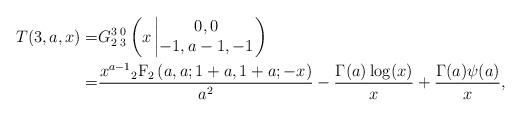
LaTeX: \begin{align*}T(3,a,x)=&G_{2}^3\,{}_3^0\left(x\left|\begin{matrix}0,0 \\-1,a-1,-1\end{matrix}\right.\right)\\=&\frac{x^{a-1}{}_2\mathrm{F}_2\left(a,a; 1+a,1+a; -x\right)}{a^2}-\frac{\Gamma(a)\log(x)}{x}+\frac{\Gamma(a)\psi(a)}{x},\end{align*}